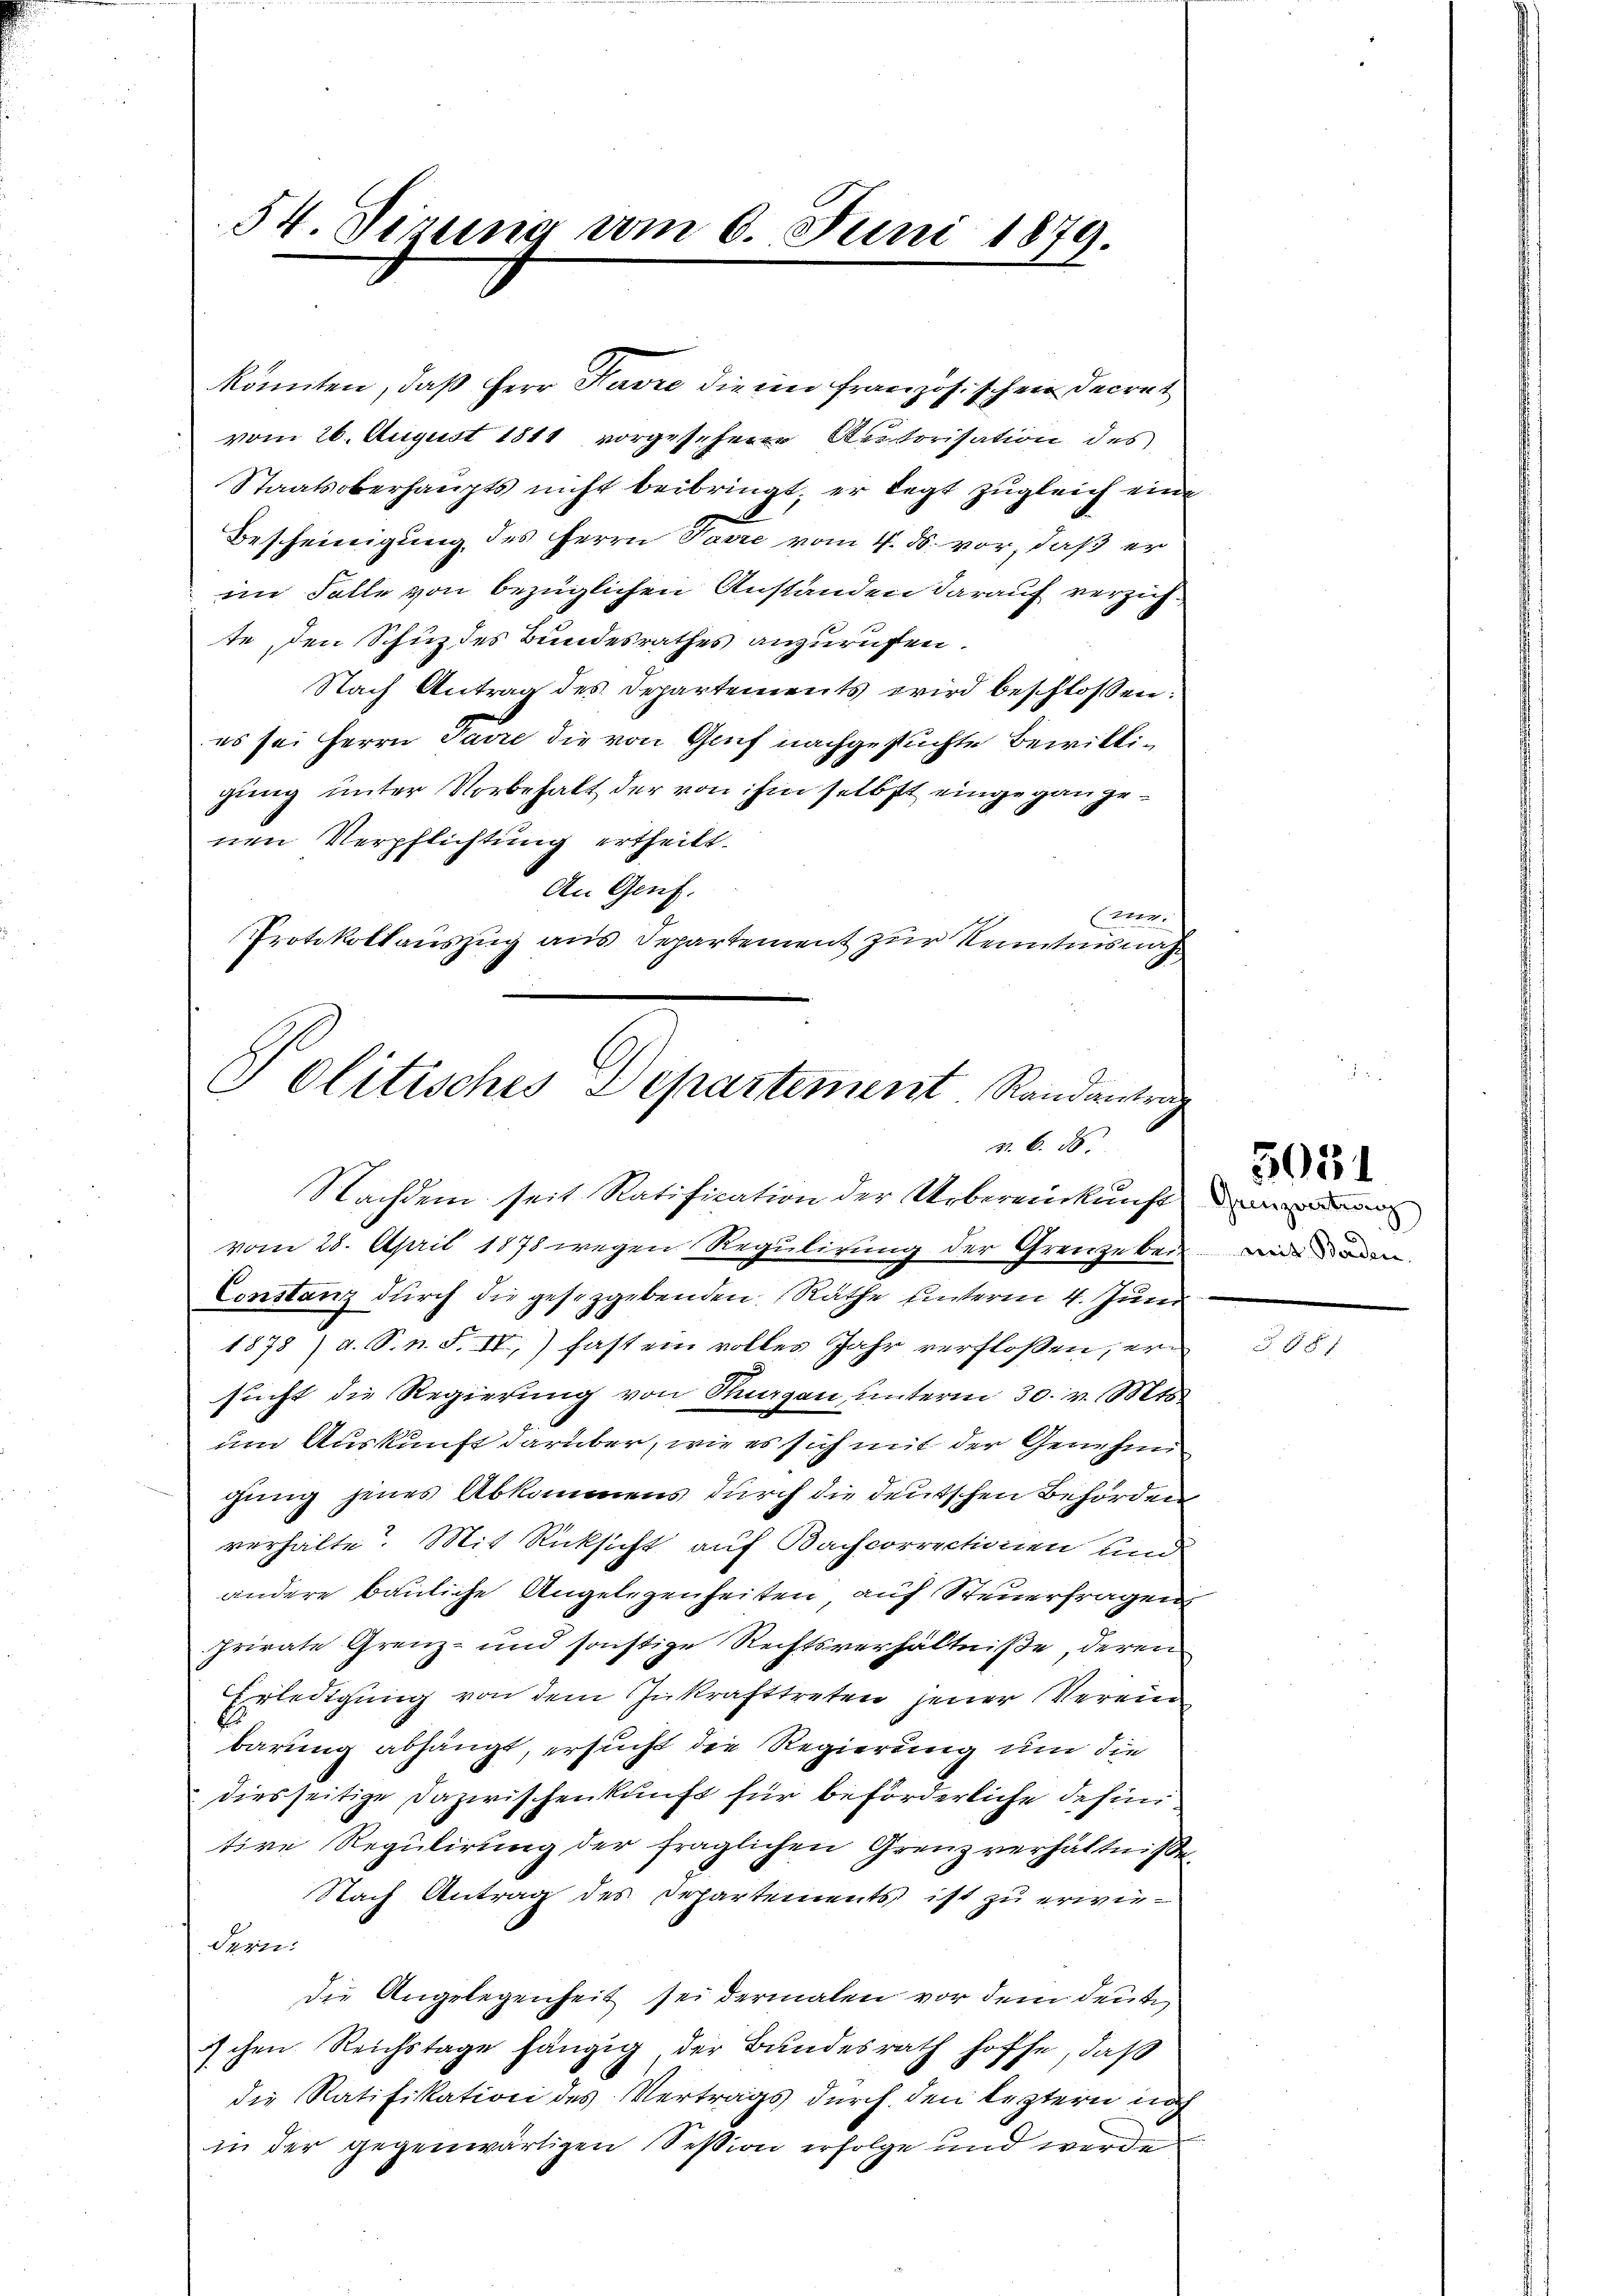
vom 26. August 1811 vorgesehene Rectorisation des
Staatsoberhaŭpts nicht beibringt, er legt zŭgleich eine
Bescheinigung des Herrn Parre vom 4. ds. vor, daß er
im Falle von bezüglichen Anständen darauf verzichte, den Schuz des Bundesrathes anzurufen.
Nach Antrag des Departements wird beschlossen:
es sei Herrn Jarre die von Genf nachgesuchte Bewilligung unter Vorbehalt der von ihm selbst eingegangenen Verpflichtung ertheilt.
An Genf.
Etten.
Protokollauszug aus Departement zur Kenntnisnah

54. Sizung vom 6. Juni 1879.

könnten, daß Herr Havre die im französischen Decret

Politisches Departement Randantra
v. 6. ds.
Nachdem seit Ratification der Uebereinkunft

vom 28. April 1878 wegen Regulirung der Grenze bei
Constanz durch die gesetzgebenden Räthe unterm 4. Juni
1878 ) d. S. n. F. II, fast ein volles Jahr verfloßen, ersucht die Regierung von Nuagan, unterm 30. v. Mts.
um Auskunft darüber, wie es sich mit der Genehm
gung jenes Abkommens durch die deutschen Behörden
verhälte. Mit Rücksicht auf Bachcorrectionen und
andere bauliche Angelegenheiten auf Steuerfragen
private Grenz- und sonstige Rechtsverhältniße, deren
Erledigung von dem Inkrafttreten jener Verein
barung abhängt, ersucht die Regierung und die
diesseitige Dazwischenkunft für beförderliche definitive Regulirung der fraglichen Grenzverhältnisse
Nach Antrag des Departements ist zu erwiedern.
die Angelegenheit sei dermalen vor dem deute
ischen Reichstage hängig der Bundesrath hoffe, daß
die Ratifikation des Vertrags durch den leztern nach
in der gegenwärtigen Session erfolge und werde

weit Borden.

5031

88 f